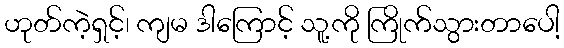
ဟုတ်ကဲ့ရှင့်၊ ကျမ ဒါကြောင့် သူ့ကို ကြိုက်သွားတာပေါ့